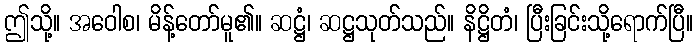
ဤသို့။ အဝေါစ၊ မိန့်တော်မူ၏။ ဆဋ္ဌံ၊ ဆဋ္ဌသုတ်သည်။ နိဋ္ဌိတံ၊ ပြီးခြင်းသို့ရောက်ပြီ။